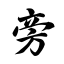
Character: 旁